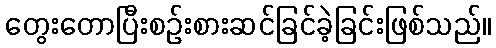
တွေးတောပြီးစဉ်းစားဆင်ခြင်ခဲ့ခြင်းဖြစ်သည်။